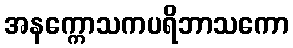
အနက္ကောသကပရိဘာသကော